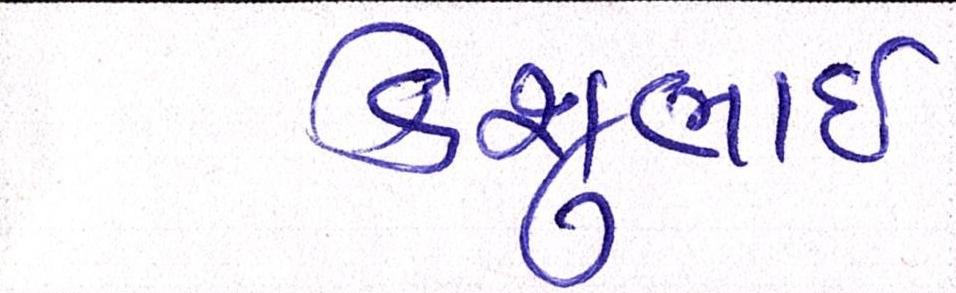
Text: કેશુભાઈ